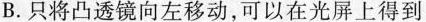
B. 只将凸透镜向左移动，可以在光屏上得到